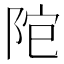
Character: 𨹕